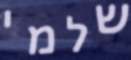
שלמי